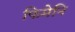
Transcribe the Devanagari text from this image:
फिमेनि